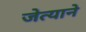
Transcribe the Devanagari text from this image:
जेत्याने